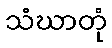
သံဃာတုံ